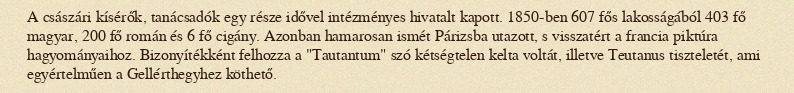
A császári kísérők, tanácsadók egy része idővel intézményes hivatalt kapott. 1850-ben 607 fős lakosságából 403 fő magyar, 200 fő román és 6 fő cigány. Azonban hamarosan ismét Párizsba utazott, s visszatért a francia piktúra hagyományaihoz. Bizonyítékként felhozza a "Tautantum" szó kétségtelen kelta voltát, illetve Teutanus tiszteletét, ami egyértelműen a Gellérthegyhez köthető.